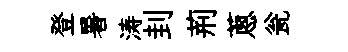
登暑涛刲荊蔥瓮